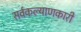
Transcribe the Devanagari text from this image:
सर्वकल्याणकारी